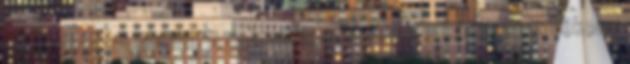
szép pirosra sütjük. A coleslaw salátához a káposztát vékony